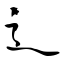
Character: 辶